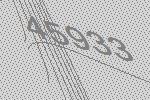
45933